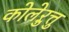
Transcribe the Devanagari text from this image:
कोलेऱुत्तु